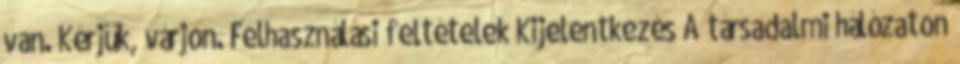
van. Kérjük, várjon. Felhasználási feltételek Kijelentkezés A társadalmi hálózaton